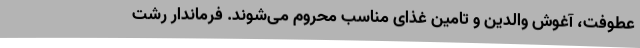
عطوفت، آغوش والدین و تامین غذای مناسب محروم می‌شوند. فرماندار رشت